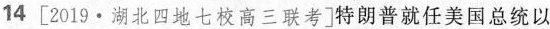
14 [2019·湖北四地七校高三联考]特朗普就任美国总统以